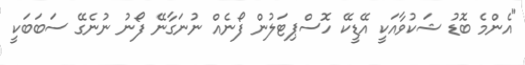
"އެންމެ ބޮޑު ޝަކުވާއަކީ އޭޑީކޭ ހޮސްޕިޓަލުން ފޯނެއް ނުނަގާނޭ ފޯނު ނުނެގޭ ސަބަބަކީ